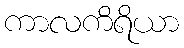
ကာလကိရိယာ